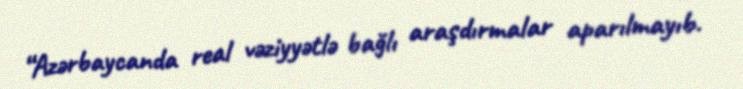
“Azərbaycanda real vəziyyətlə bağlı araşdırmalar aparılmayıb.